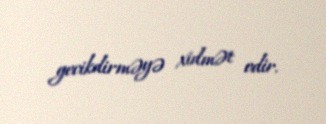
gecikdirməyə xidmət edir.